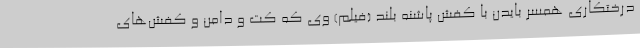
درختکاری همسر بایدن با کفش پاشنه بلند (فیلم) وی که کت و دامن و کفش‌های